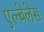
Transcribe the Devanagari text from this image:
एल्बेलेस